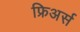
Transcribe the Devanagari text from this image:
फ्रिअर्स